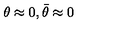
\theta \approx 0 , \bar { \theta } \approx 0